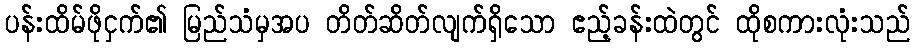
ပန်းထိမ်ဖိုငှက်၏ မြည်သံမှအပ တိတ်ဆိတ်လျက်ရှိသော ဧည့်ခန်းထဲတွင် ထိုစကားလုံးသည်